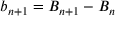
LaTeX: b _ { n + 1 } = B _ { n + 1 } - B _ { n }